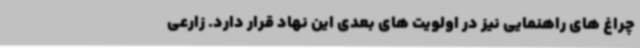
چراغ های راهنمایی نیز در اولویت های بعدی این نهاد قرار دارد. زارعی